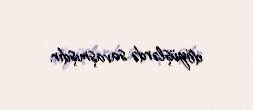
döyüşlərdə savaşmışdır.